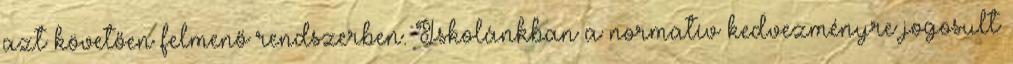
azt követően felmenő rendszerben. Iskolánkban a normatív kedvezményre jogosult